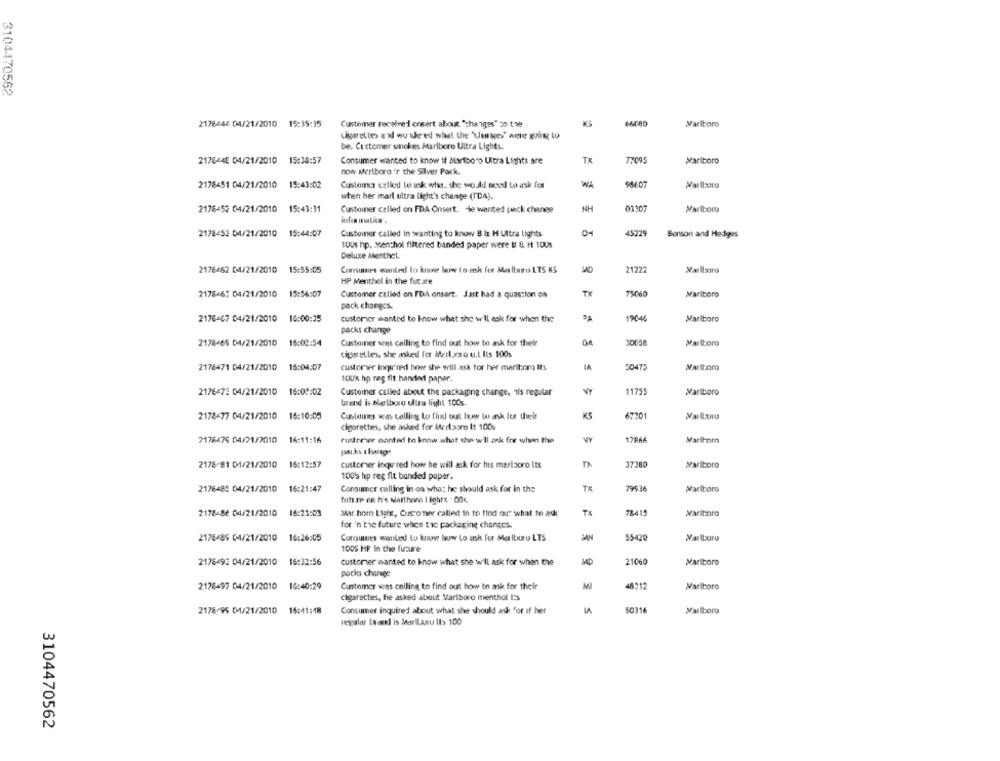
3104470562
2176446 04/21/2010 15:35:35
66080
Customer received onsert about "changes" 20 the
Marlboro
cigarettes a'sl wowkred what the 'uesses" were going to
be. Customer smokes Marlboro Ultra Lights.
217844E 04/21/2010 15:38:57
Consumer wanted to know if Martboro Ultra Lights are
TX
Marlboro
now Marlboro 'r the Silver Pack.
WA
2178451 04/21/2010 15:43:02
Customs czlied to ask what. she would moved to ask for
when her marl ultra light's change (IDA).
2178452 04/21/2010 15:43:31
Customer called on FDA Onsert. He wanted pack change
NH
03307
Marlboro
2178452 04/21/2010 15:44:07
Customer called in wanting to know B & H Ultra lights
4522
Banson and Hedges
tous hp. Menthol filtered banded paper were B & H 100s
Deluxe MentheL
2178462 04/21/2010
15:55:05
Consumies wanted to know how to ask for Mealboro LTS KS
21222
HP Menthol in the fut are
2178-61 04/21/2010
15:56:07
Customer called on FDA onsert. Jast had a question on
TX
7506
Marlboro
pack charges.
2176467 04/21/2010
16:00:35
customer wanted to know what she w'Il ask for when the
19046
Marlboro
packs change
2178465 04/21/2010
16:02:54
Customer vras calling to find out how to ask for their
GA
30058
Marlboro
cigarettes, she asked for Merloro u.t. Its 100s
2178671 04/21/2010
16:04:07
customer ingu'ned how she will ask for her marihora It's
IA
50475
Marlboro
1QU'% hp røg fit bandind papar.
2176472 04/21/2010
16:07:02
Customer called about the packaging change, 1is regular
VY
11755
Marlboro
brand is Marlboro ultra light 1005.
2178-77 04/21/2010 16:10:05
Customs was telling tu find out how to ask for their
KS
67301
cigarettes, she asked for Marlboro It 100%
7178475 04/21/2010 16:11:16
rustrmer wanted to know what she will ask fre when the
WY
17866
pauks elwright
2178/81 01/21/2010 16:12:57
customer inqu'red how he will ask for his mariaoro its
37380
Marlboro
100% hp reg fit banded paper.
2176489 04/21/2010
16:21:47
Ts
79538
Marlboro
Consumer calling in on who: he should ask for in the
future ce h's Marthans I ighre . On4.
TX
2178-86 04/21/2010 16:23:03
Mar.horo Light, Customer called in to find out what to ask
7841
for 'n the future when tic packaging changes.
2178485 04/21/2010
16:26:05
Consumes wanted to know how to ask for Malburo LTS
55420
Marlboro
1005 HP In the future
2176-93 04/21/2010
16:32:56
customer wanted to know what she will ask for when the
21060
Marlboro
pocks change
2176-97 04/21/2010
16:40:29
Customer was celling to find out how to ask for their
MI
48-12
Marlboro
cigarettes, he asked about Marlboro menthol I'S
2178-95 04/21/2010 16:41:18
Consumer inquired about what she should ask for if her
50316
Marlboro
regular Leand is Marllanu It> 100
3104470562